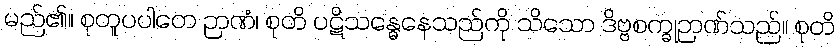
မည်၏။ စုတူပပါတေ ဉာဏံ၊ စုတိ ပဋိသန္ဓေနေသည်ကို သိသော ဒိဗ္ဗစက္ခုဉာဏ်သည်။ စုတိ